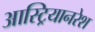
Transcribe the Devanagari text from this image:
आस्ट्रियानरेश